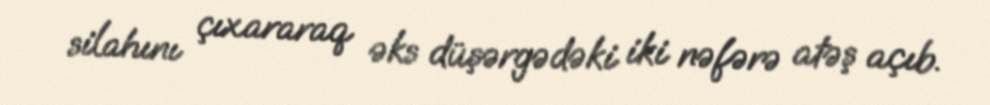
silahını çıxararaq əks düşərgədəki iki nəfərə atəş açıb.